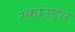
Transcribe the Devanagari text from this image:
स्‍काउट्स